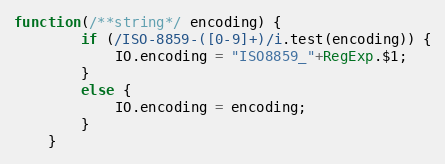
Language: JavaScript
function(/**string*/ encoding) {
		if (/ISO-8859-([0-9]+)/i.test(encoding)) {
			IO.encoding = "ISO8859_"+RegExp.$1;
		}
		else {
			IO.encoding = encoding;
		}
	}